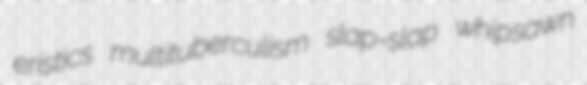
eristics multituberculism slap-slap whipsawn